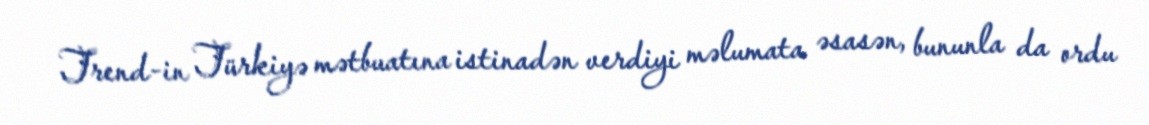
Trend-in Türkiyə mətbuatına istinadən verdiyi məlumata əsasən, bununla da ordu